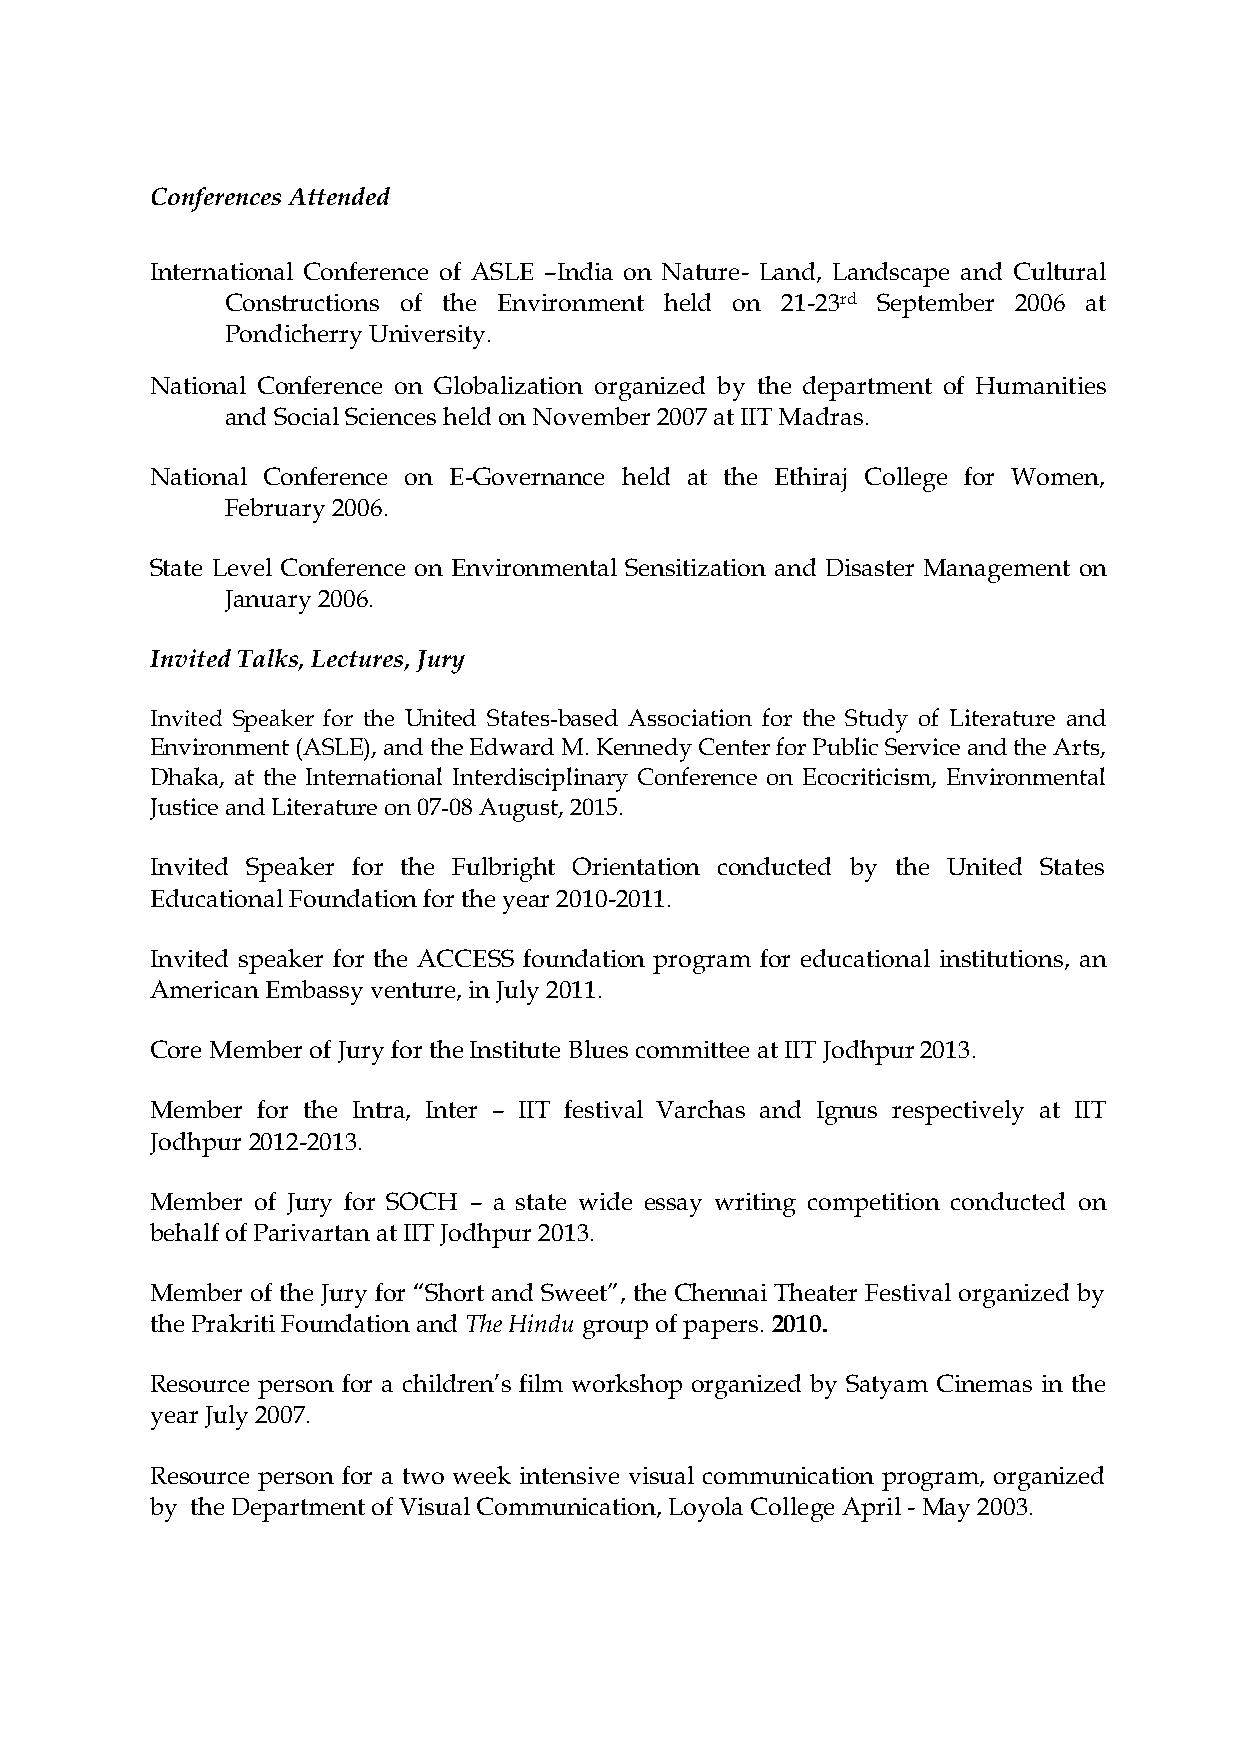
Conferences Attended
 International Conference of ASLE –India on Nature- Land, Landscape and Cultural
 Constructions of the Environment held on 21-23rd September 2006 at
 Pondicherry University.
 National Conference on Globalization organized by the department of Humanities
 and Social Sciences held on November 2007 at IIT Madras.
 National Conference on E-Governance held at the Ethiraj College for Women,
 February 2006.
 State Level Conference on Environmental Sensitization and Disaster Management on
 January 2006.
 Invited Talks, Lectures, Jury
 Invited Speaker for the United States-based Association for the Study of Literature and
 Environment (ASLE), and the Edward M. Kennedy Center for Public Service and the Arts,
 Dhaka, at the International Interdisciplinary Conference on Ecocriticism, Environmental
 Justice and Literature on 07-08 August, 2015.
 Invited Speaker for the Fulbright Orientation conducted by the United States
 Educational Foundation for the year 2010-2011.
 Invited speaker for the ACCESS foundation program for educational institutions, an
 American Embassy venture, in July 2011.
 Core Member of Jury for the Institute Blues committee at IIT Jodhpur 2013.
 Member for the Intra, Inter – IIT festival Varchas and Ignus respectively at IIT
 Jodhpur 2012-2013.
 Member of Jury for SOCH – a state wide essay writing competition conducted on
 behalf of Parivartan at IIT Jodhpur 2013.
 Member of the Jury for “Short and Sweet”, the Chennai Theater Festival organized by
 the Prakriti Foundation and The Hindu group of papers. 2010.
 Resource person for a children’s film workshop organized by Satyam Cinemas in the
 year July 2007.
 Resource person for a two week intensive visual communication program, organized
 by the Department of Visual Communication, Loyola College April - May 2003.